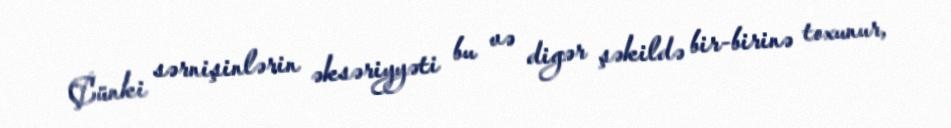
Çünki sərnişinlərin əksəriyyəti bu və digər şəkildə bir-birinə toxunur,